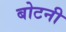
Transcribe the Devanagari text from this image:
बोटनी